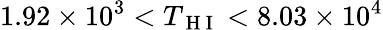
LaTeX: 1.92\times 10^{3}<T_{\mathrm{~H~I~}}<8.03\times 10^{4}